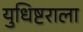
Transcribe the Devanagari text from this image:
युधिष्टराला